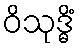
ဝိသုဒ္ဓိံ